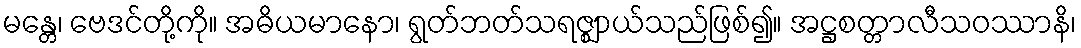
မန္တေ၊ ဗေဒင်တို့ကို။ အဓိယမာနော၊ ရွတ်ဘတ်သရဇ္ဈာယ်သည်ဖြစ်၍။ အဋ္ဌစတ္တာလီသဝဿာနိ၊